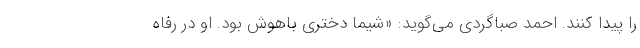
را پیدا کنند. احمد صباگردی می‌گوید: «شیما دختری باهوش بود. او در رفاه